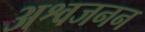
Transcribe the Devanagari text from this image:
अश्वजनन